Tezpur Lunatic Asylum reports 1877-1894 - 1877-1894
Year: 1877
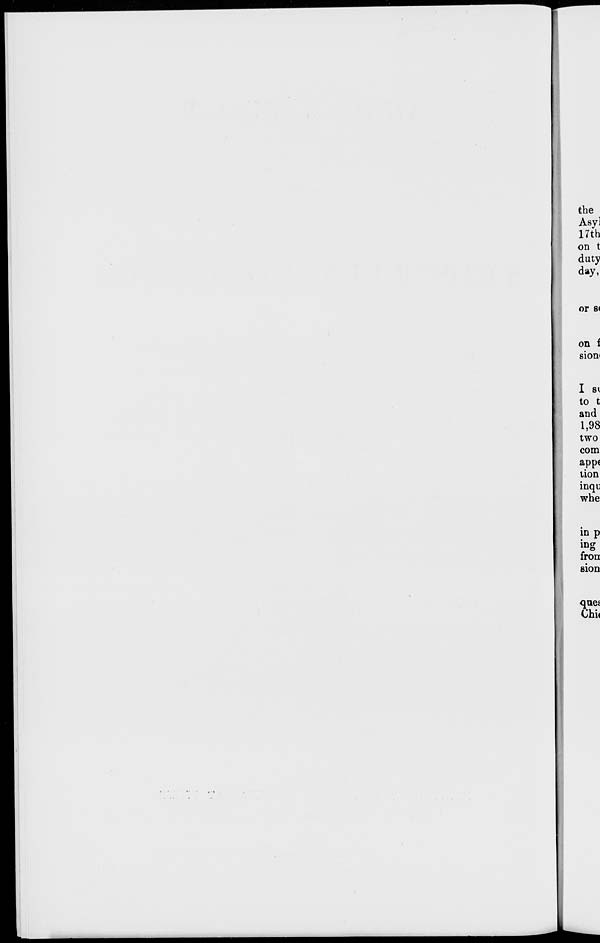
the
Asy]
17th
on t
duty
day,
or 8(
on f
siom
I si
to t
and
1,98
two
com
appt
tion
inqu
whe
in p
ins:
fron
sion
ques
Chii